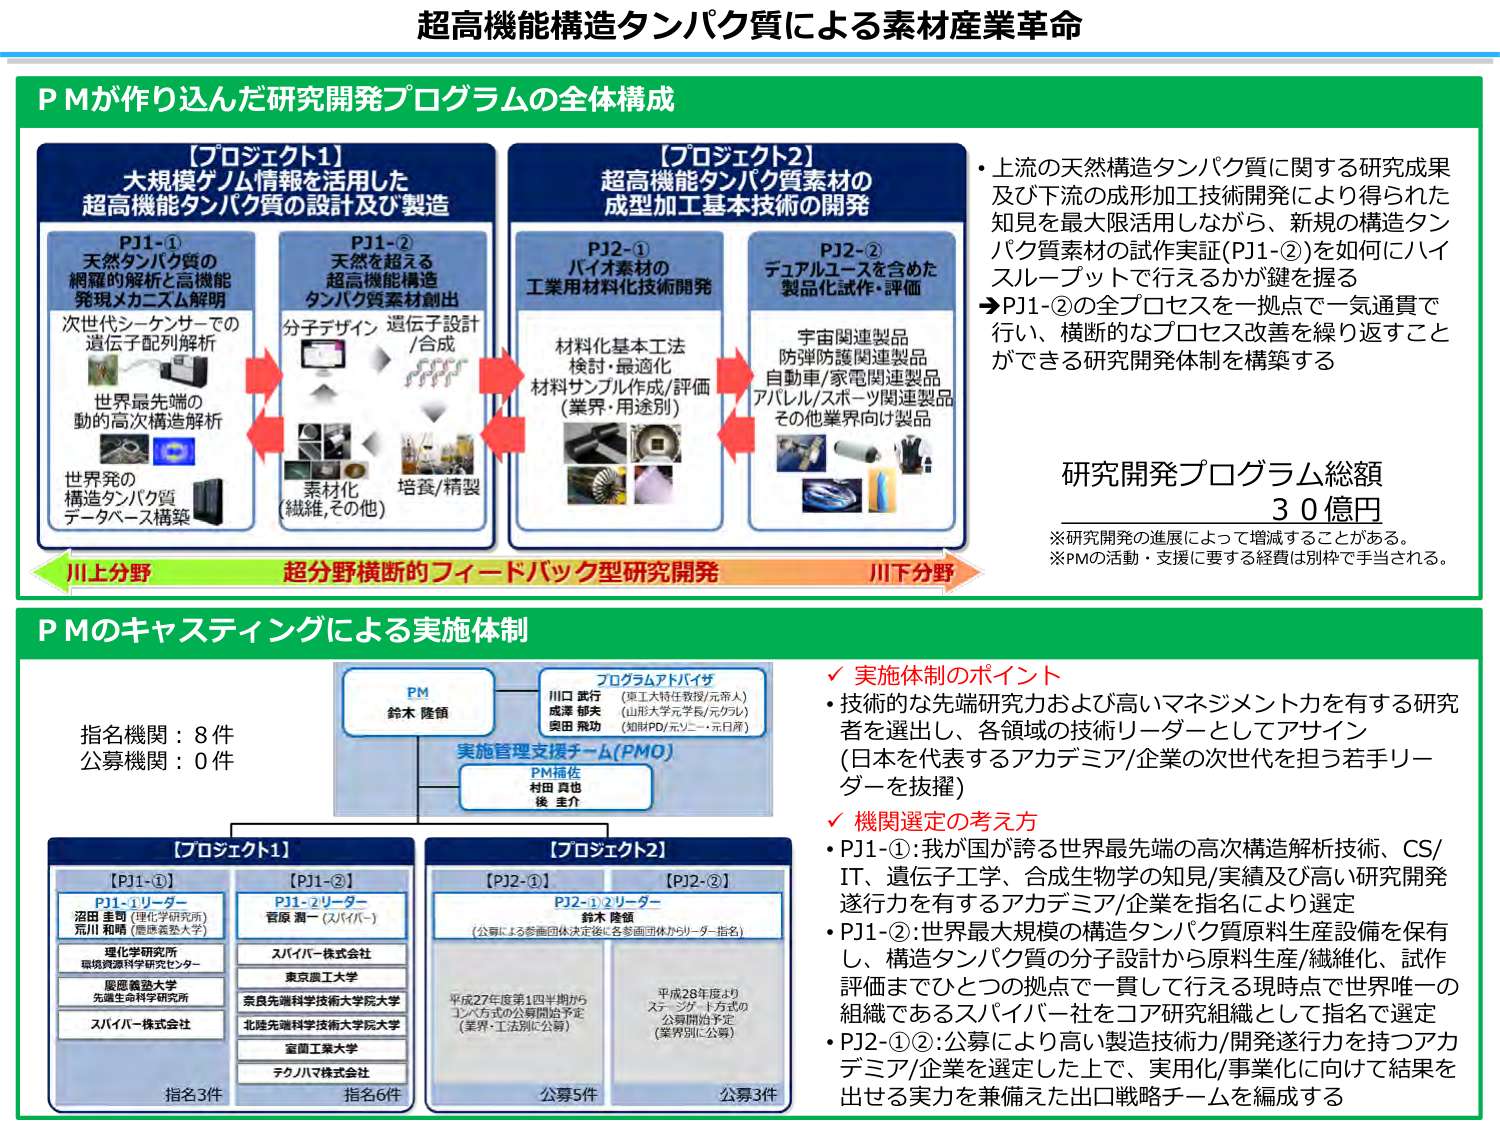
超高機能構造タンパク質による素材産業革命

PMが作り込んだ研究開発プログラムの全体構成

【プロジェクト1】
大規模ゲノム情報を活用した
超高機能タンパク質の設計及び製造

PJ1-①
天然タンパク質の
網羅的解析と高機能
発現メカニズム解明
次世代シーケンサーでの
遺伝子配列解析
世界最先端の
動的高次構造解析
世界発の
構造タンパク質
データベース構築

PJ1-②
天然を超える
超高機能構造
タンパク質素材創出
分子デザイン 遺伝子設計
/合成
素材化
（繊維,その他）
培養/精製

【プロジェクト2】
超高機能タンパク質素材の
成型加工基本技術の開発

PJ2-①
バイオ素材の
工業用材料化技術開発
材料化基本工法
検討・最適化
材料サンプル作成/評価
（業界・用途別）

PJ2-②
デュアルユースを含めた
製品化試作・評価
宇宙関連製品
防弾防護関連製品
自動車/家電関連製品
アパレル/スポーツ関連製品
その他業界向け製品

・上流の天然構造タンパク質に関する研究成果
及び下流の成型加工技術開発により得られた
知見を最大限活用しながら、新規の構造タン
パク質素材の試作実証(PJ1-②)を如何にハイ
スループットで行えるかが鍵を握る
→PJ1-②の全プロセスを一拠点で一気通貫で
行い、横断的なプロセス改善を繰り返すこと
ができる研究開発体制を構築する

研究開発プログラム総額
30億円
※研究開発の進展によって増減することがある。
※PMの活動・支援に要する経費は別枠で手当される。

川上分野
超分野横断的フィードバック型研究開発
川下分野

PMのキャスティングによる実施体制

指名機関：8件
公募機関：0件

PM
鈴木 隆領

プログラムアドバイザ
川口 武行 （東工大特任教授/元帝人）
成澤 郁夫 （山形大学元学長/元グリ）
奥田 飛功 （知財PD/元ソニー・元日産）

実施管理支援チーム(PMO)
PM補佐
村田 貴也
後 進六

【プロジェクト1】
【PJ1-①】
PJ1-①リーダー
沼田 圭司（理化学研究所）
荒川 和晴（慶應義塾大学）
理化学研究所
環境資源科学研究中心
慶應義塾大学
先端生命科学研究所
スパイバー株式会社

【PJ1-②】
PJ1-②リーダー
菅原 潤一（スパイバー）
スパイバー株式会社
東京農工大学
奈良先端科学技術大学院大学
北陸先端科学技術大学院大学
室蘭工業大学
テクノハマ株式会社

【プロジェクト2】
【PJ2-①】
【PJ2-②】
PJ2-①②リーダー
鈴木 隆領
（公募による参画団体決定後に各参画団体からリーダー指名）

平成27年度第1四半期から
コンペ方式の公募開始予定
（業界・工法別に公募）

平成28年度より
ステージゲート方式の
公募開始予定
（業界別に公募）

✓ 実施体制のポイント
・技術的な先端研究力および高いマネジメント力を有する研究
者を選出し、各領域の技術リーダーとしてアサイン
（日本を代表するアカデミア/企業の次世代を担う若手リー
ダーを抜擢）

✓ 機関選定の考え方
・PJ1-①：我が国が誇る世界最先端の高次構造解析技術、CS/
IT、遺伝子工学、合成生物学の知見/実績及び高い研究開発
遂行力を有するアカデミア/企業を指名により選定
・PJ1-②：世界最大規模の構造タンパク質原料生産設備を保有
し、構造タンパク質の分子設計から原料生産/繊維化、試作
評価までひとつの拠点で一貫して行える現時点で世界唯一の
組織であるスパイバー社をコア研究組織として指名で選定
・PJ2-①②：公募により高い製造技術力/開発遂行力を持つアカ
デミア/企業を選定した上で、実用化/事業化に向けて結果を
出せる実力を兼備えた出口戦略チームを編成する

指名3件
指名6件
公募5件
公募3件